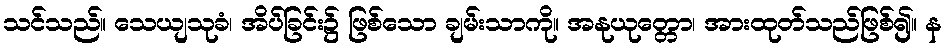
သင်သည်။ သေယျသုခံ၊ အိပ်ခြင်း၌ ဖြစ်သော ချမ်းသာကို။ အနုယုတ္တော၊ အားထုတ်သည်ဖြစ်၍။ န